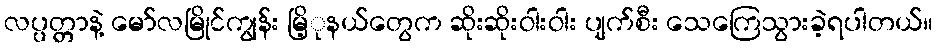
လပ္ပတ္တာနဲ့ မော်လမြိုင်ကျွန်း မြိ့ုနယ်တွေက ဆိုးဆိုးဝါးဝါး ပျက်စီး သေကြေသွားခဲ့ရပါတယ်။